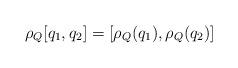
LaTeX: \begin{align*} \rho_Q[q_1,q_2] = [\rho_Q(q_1),\rho_Q(q_2)] \end{align*}